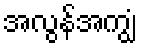
အလွန်အကျွံ